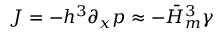
J = - h ^ { 3 } \partial _ { x } p \approx - \bar { H } _ { m } ^ { 3 } \gamma